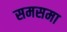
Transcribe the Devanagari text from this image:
समसमा